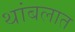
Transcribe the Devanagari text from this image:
थांबलात